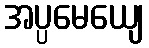
အပ္ပမေယျေ